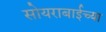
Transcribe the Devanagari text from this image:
सोयराबाईच्या